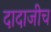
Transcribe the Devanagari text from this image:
दादाजीच